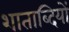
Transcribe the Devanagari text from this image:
शाताब्दियों